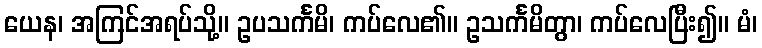
ယေန၊ အကြင်အရပ်သို့။ ဥပသင်္ကမိ၊ ကပ်လေ၏။ ဥသင်္ကမိတွာ၊ ကပ်လေပြီး၍။ မံ၊